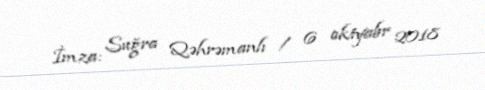
İmza: Suğra Qəhrəmanlı / 6 oktyabr 2018